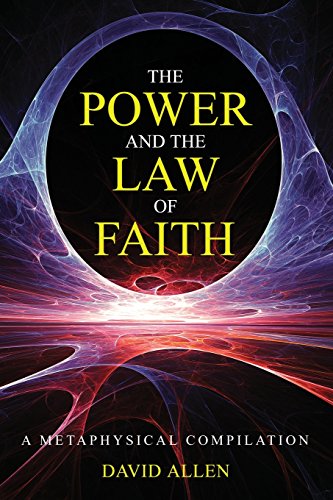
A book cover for The Power & The Law of Faith; Christian Books & Bibles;